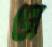
সে